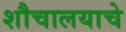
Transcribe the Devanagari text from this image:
शौचालयाचे